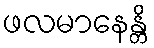
ဖလမာနေန္တိ